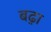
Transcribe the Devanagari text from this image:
बढ़़ा